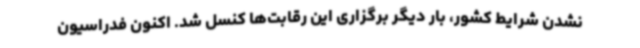
نشدن شرایط کشور، بار دیگر برگزاری این رقابت‌ها کنسل شد. اکنون فدراسیون